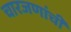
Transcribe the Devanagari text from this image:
चारजणांची